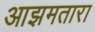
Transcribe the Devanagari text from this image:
आझमतारा